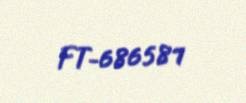
FT-686581